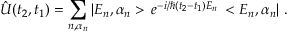
\hat { U } ( t _ { 2 } , t _ { 1 } ) = \sum _ { n , \alpha _ { n } } | E _ { n } , \alpha _ { n } > \, e ^ { - i / \hbar ( t _ { 2 } - t _ { 1 } ) E _ { n } } \, < E _ { n } , \alpha _ { n } | \ .